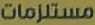
مستلزمات